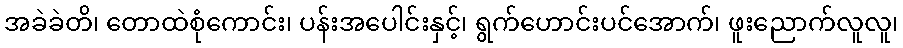
အခဲခဲတိ၊ တောထဲစုံကောင်း၊ ပန်းအပေါင်းနှင့်၊ ရွက်ဟောင်းပင်အောက်၊ ဖူးညောက်လူလူ၊